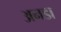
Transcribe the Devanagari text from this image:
अनडा